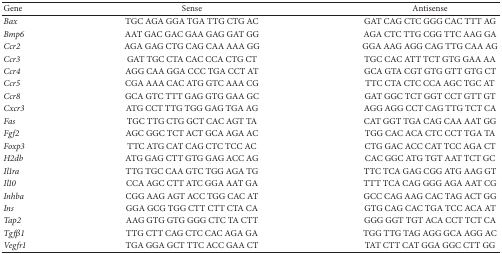
<table><thead><tr><td><b>Gene</b></td><td><b>Sense</b></td><td><b>Antisense</b></td></tr></thead><tbody><tr><td><i>Bax </i></td><td>TGC AGA GGA TGA TTG CTG AC</td><td>GAT CAG CTC GGG CAC TTT AG</td></tr><tr><td><i>Bmp6 </i></td><td>AAT GAC GAC GAA GAG GAT GG</td><td>AGA CTC TTG CGG TTC AAG GA</td></tr><tr><td><i>Ccr2 </i></td><td>AGA GAG CTG CAG CAA AAA GG</td><td>GGA AAG AGG CAG TTG CAA AG</td></tr><tr><td><i>Ccr3 </i></td><td>GAT TGC CTA CAC CCA CTG CT</td><td>TGC CAC ATT TCT GTG GAA AA</td></tr><tr><td><i>Ccr4 </i></td><td>AGG CAA GGA CCC TGA CCT AT</td><td>GCA GTA CGT GTG GTT GTG CT</td></tr><tr><td><i>Ccr5 </i></td><td>CGA AAA CAC ATG GTC AAA CG</td><td>TTC CTA CTC CCA AGC TGC AT</td></tr><tr><td><i>Ccr8 </i></td><td>GCA GTC TTT GAG GTG GAA GC</td><td>GAT GGC TCT GGT CCT GTT GT</td></tr><tr><td><i>Cxcr3 </i></td><td>ATG CCT TTG TGG GAG TGA AG</td><td>AGG AGG CCT CAG TTG TCT CA</td></tr><tr><td><i>Fas </i></td><td>TGC TTG CTG GCT CAC AGT TA</td><td>CAT GGT TGA CAG CAA AAT GG</td></tr><tr><td><i>Fgf2 </i></td><td>AGC GGC TCT ACT GCA AGA AC</td><td>TGG CAC ACA CTC CCT TGA TA</td></tr><tr><td><i>Foxp3 </i></td><td>TTC ATG CAT CAG CTC TCC AC</td><td>CTG GAC ACC CAT TCC AGA CT</td></tr><tr><td><i>H2db </i></td><td>ATG GAG CTT GTG GAG ACC AG</td><td>CAC GGC ATG TGT AAT TCT GC</td></tr><tr><td><i>Il1ra </i></td><td>TTG TGC CAA GTC TGG AGA TG</td><td>TTC TCA GAG CGG ATG AAG GT</td></tr><tr><td><i>Il10 </i></td><td>CCA AGC CTT ATC GGA AAT GA</td><td>TTT TCA CAG GGG AGA AAT CG</td></tr><tr><td><i>Inhba </i></td><td>CGG AAG AGT ACC TGG CAC AT</td><td>GCC CAG AAG CAC TAG ACT GG</td></tr><tr><td><i>Ins </i></td><td>GGA GCG TGG CTT CTT CTA CA</td><td>GTG CAG CAC TGA TCC ACA AT</td></tr><tr><td><i>Tap2 </i></td><td>AAG GTG GTG GGG CTC TA CTT</td><td>GGG GGT TGT ACA CCT TCT CA</td></tr><tr><td><i>Tgfβ1 </i></td><td>TTG CTT CAG CTC CAC AGA GA</td><td>TGG TTG TAG AGG GCA AGG AC</td></tr><tr><td><i>Vegfr1 </i></td><td>TGA GGA GCT TTC ACC GAA CT</td><td>TAT CTT CAT GGA GGC CTT GG</td></tr></tbody></table>